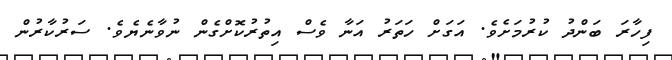
ފިހާރަ ބަންދު ކުރުމަށެވެ. އަގަށް ހަތަރު އަނާ ވެސް އިތުރުކޮށްގެން ނުވާނެޔެވެ. ސަރުކާރުން